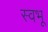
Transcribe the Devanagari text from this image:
स्वभू